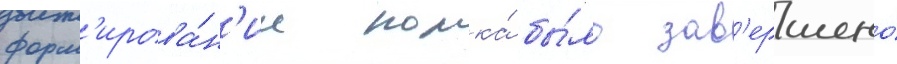
форм'ирова́н'ие полка́ бы́ло зав'ершено́